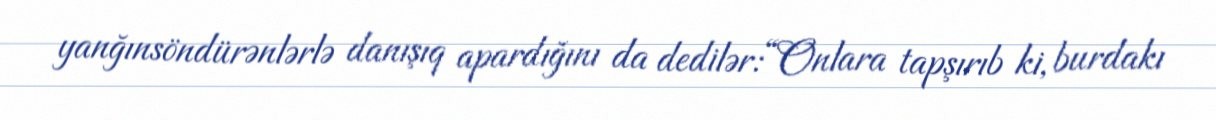
yanğınsöndürənlərlə danışıq apardığını da dedilər:“Onlara tapşırıb ki, burdakı